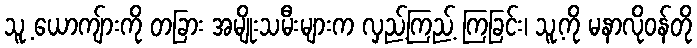
သူ့ ယောကျ်ားကို တခြား အမျိုးသမီးများက လှည့်ကြည့် ကြခြင်း၊ သူ့ကို မနာလိုဝန်တို